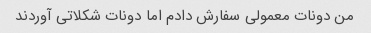
من دونات معمولی سفارش دادم اما دونات شکلاتی آوردند